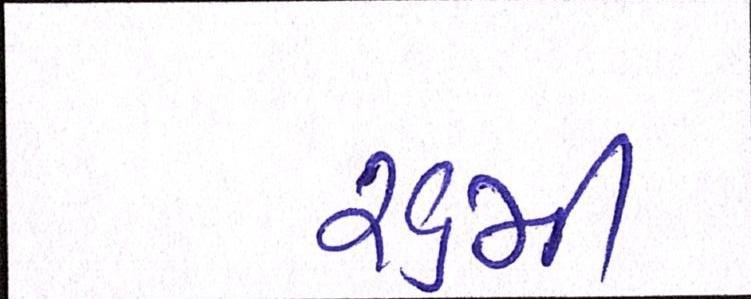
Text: ૨૬મી